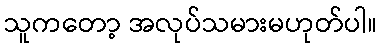
သူကတော့ အလုပ်သမားမဟုတ်ပါ။